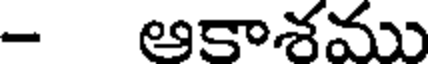
- ఆకాశము